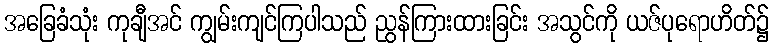
အခြေခံသုံး ကုချီအင် ကျွမ်းကျင်ကြပါသည် ညွန်ကြားထားခြင်း အသွင်ကို ယဇ်ပုရောဟိတ်၌